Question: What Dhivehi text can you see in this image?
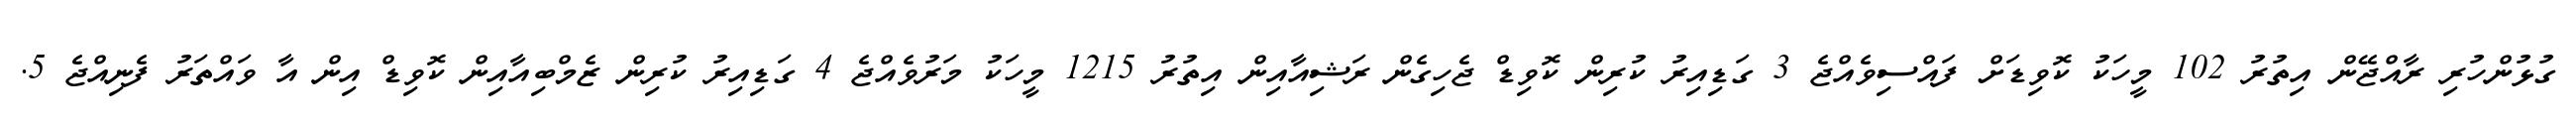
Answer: ގުޅުންހުރި ރާއްޖޭން އިތުރު 102 މީހަކު ކޮވިޑަށް ފައްސިވެއްޖެ 3 ގަޑިއިރު ކުރިން ކޮވިޑް ޖެހިގެން ރަޝިއާއިން އިތުރު 1215 މީހަކު މަރުވެއްޖެ 4 ގަޑިއިރު ކުރިން ޒެމްބިއާއިން ކޮވިޑް އިން އާ ވައްތަރު ފެނިއްޖެ 5.